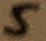
Text: 5